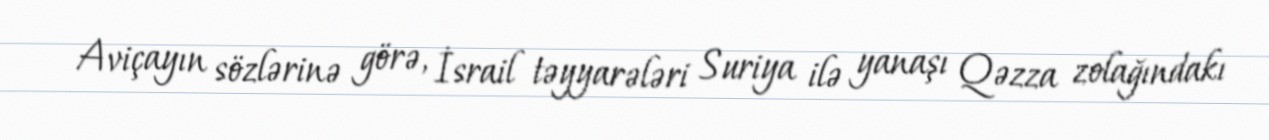
Aviçayın sözlərinə görə, İsrail təyyarələri Suriya ilə yanaşı Qəzza zolağındakı